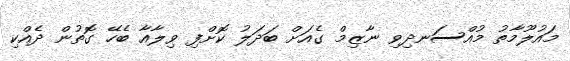
މައުލޫމާތު މުއްސަނދިވި ނާޒިމް ގެއަށް ބަދަލު ކޮށްފި ވިލާއާ ބެހޭ ގޮތުން ދެއްކި